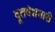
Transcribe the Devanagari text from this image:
दूतवेशधारी